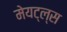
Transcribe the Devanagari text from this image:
मेयट्ल्स